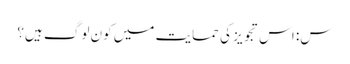
س: اس تجویز کی حمایت میں کون لوگ ہیں؟